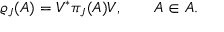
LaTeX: \varrho _ { J } ( A ) = V ^ { * } \pi _ { J } ( A ) V , \qquad A \in { \cal A } .